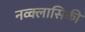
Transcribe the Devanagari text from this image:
नव्क्लासिकी